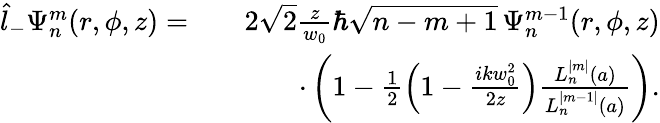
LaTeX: \begin{array}{rlr}{\hat{l}_{-}\Psi_{n}^{m}(r,\phi,z)=}&{}&{2\sqrt{2}\frac{z}{w_{0}}\hbar\sqrt{n-m+1}\, \Psi_{n}^{m-1}(r,\phi,z)}\\ &{}&{\cdot\left(1-\frac{1}{2}\left(1-\frac{ikw_{0}^{2}}{2z}\right)\frac{L_{n}^{|m|}(a)}{L_{n}^{|m-1|}(a)}\right).}\end{array}